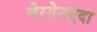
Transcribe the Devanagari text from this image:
बेरगेउएदा